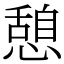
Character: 憩